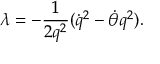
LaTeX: \lambda = - \frac { 1 } { 2 q ^ { 2 } } ( { \dot { q } } ^ { 2 } - \dot { \theta } q ^ { 2 } ) .